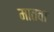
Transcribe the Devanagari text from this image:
मातवा